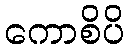
ကောစိပိ